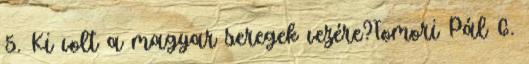
5. Ki volt a magyar seregek vezére?Tomori Pál 6.